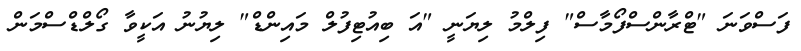
ފަސްވަނަ "ޓްރާންސްފޯމާސް" ފިލްމު ލިޔަނީ "އަ ބިއުޓިފުލް މައިންޑް" ލިޔުނު އަކީވާ ގޯލްޑްސްމަން